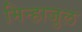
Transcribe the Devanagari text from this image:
मिन्हाजुल